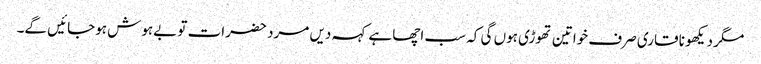
مگر دیکھو نا قاری صرف خواتین تھوڑی ہوں گی کہ سب اچھا ہے کہہ دیں مرد حضرات تو بےہوش ہوجائیں گے۔